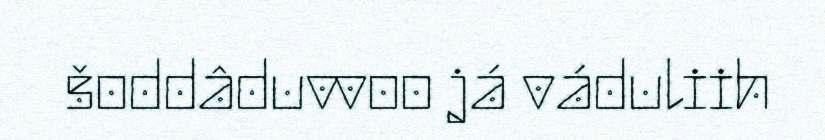
šoddâduvvoo já váduliih